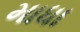
માધા